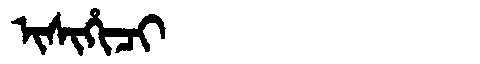
Manchu: ᡳᠰᡳᡥᡳᠴᡳ
Romanization: ISIHICI